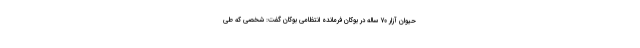
حیوان آزار ۷۰ ساله در بوکان فرمانده انتظامی بوکان گفت: شخصی که طی